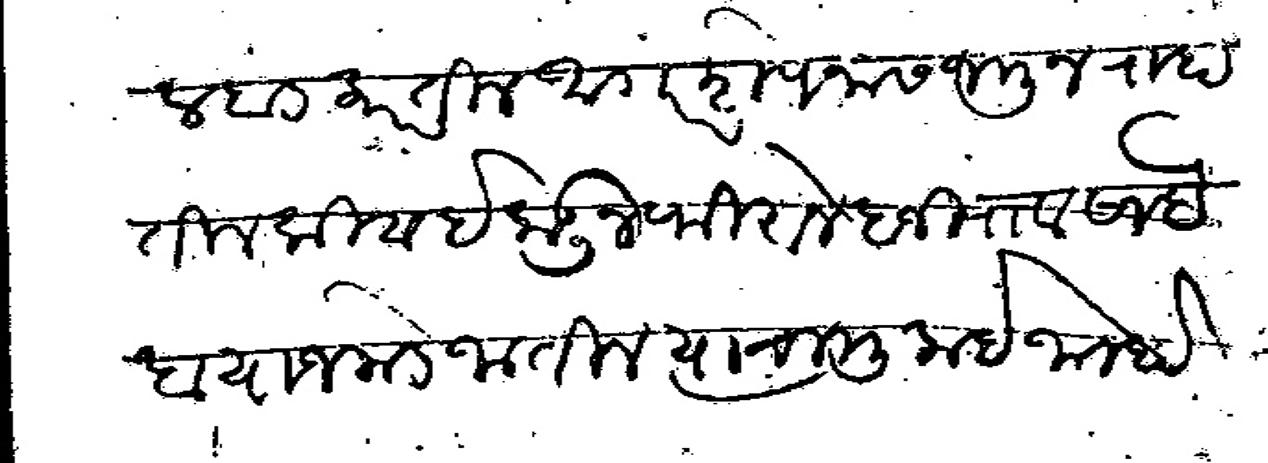
Transliteration (Devanagari): व बंड करतील आगर पनास जमून राहतील किंवा इकडून फिरौन बाजीराव साहेब याजकडे जातील त्याचा मुलाईजा होता